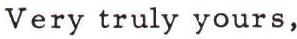
Very truly yours,